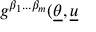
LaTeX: g ^ { \beta _ { 1 } . . . \beta _ { m } } ( \underline { { { \theta } } } , \underline { { { u } } }